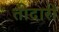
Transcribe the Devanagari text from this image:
तीदारी